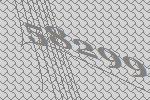
58299